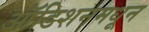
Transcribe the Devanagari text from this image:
ऑडिशनमधून